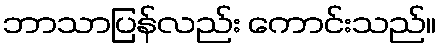
ဘာသာပြန်လည်း ကောင်းသည်။